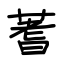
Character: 蓍